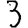
Digit: 3